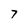
Character: 7